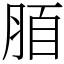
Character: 脜